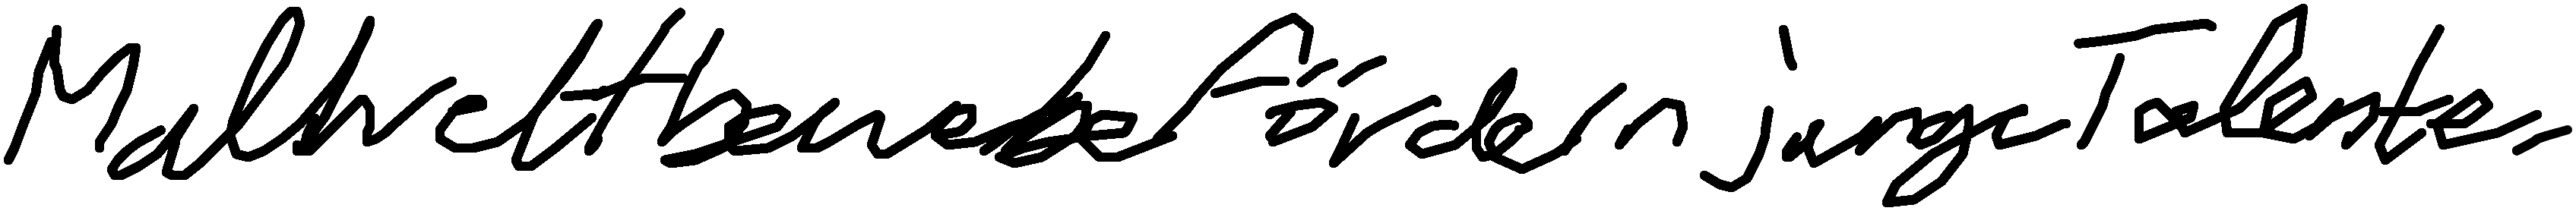
Malwettbewerbe fördern junge Talente.